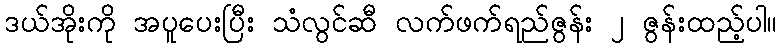
ဒယ်အိုးကို အပူပေးပြီး သံလွင်ဆီ လက်ဖက်ရည်ဇွန်း ၂ ဇွန်းထည့်ပါ။